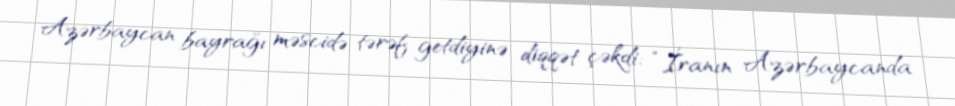
Azərbaycan bayrağı məscidə tərəf getdiyinə diqqət çəkdi: “İranın Azərbaycanda